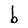
Character: b